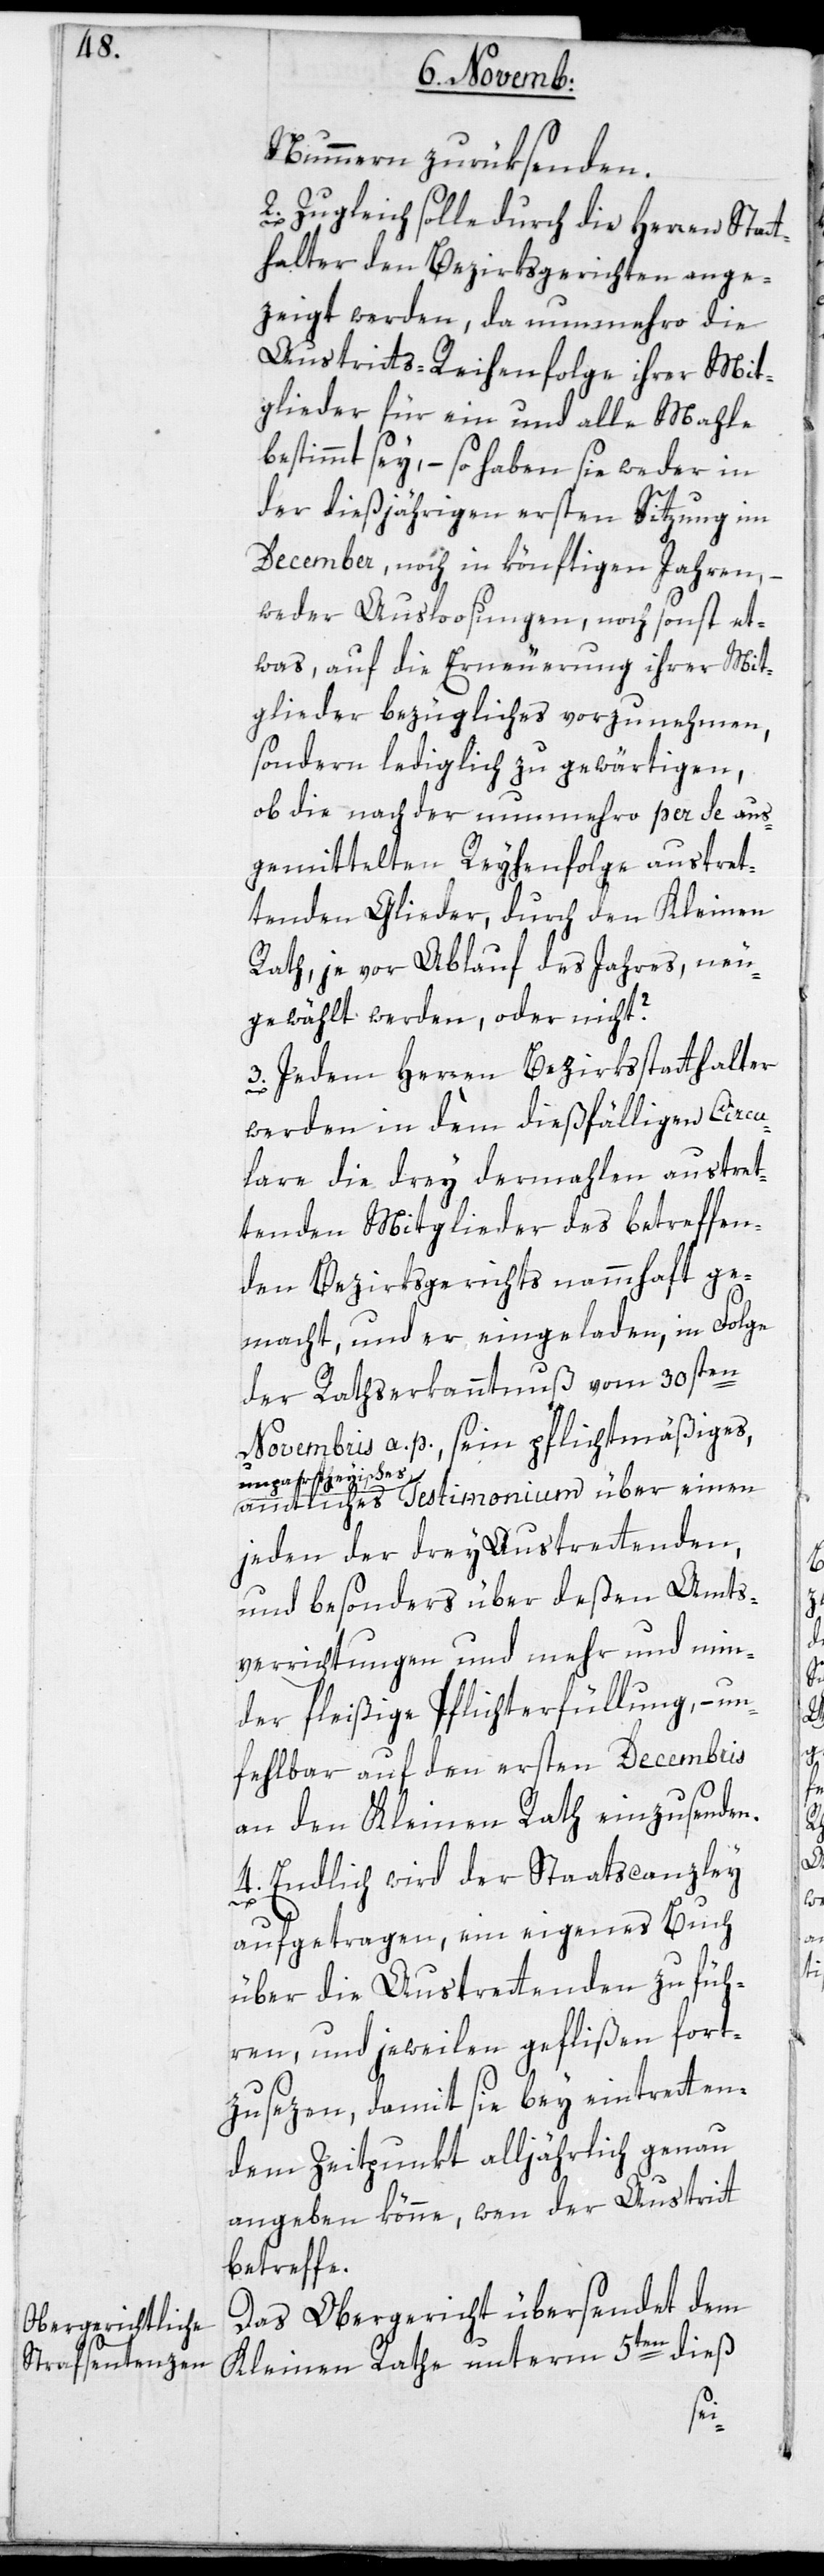
Nummern zurüksenden.
2. Zugleich solle durch die Herren Stat¬
thalter den Bezirksgerichten ange¬
zeigt werden, da nunmehro die
Austritts-Reihenfolge ihrer Mit¬
glieder für ein und alle Mahle
bestimmt sey, – so haben sie weder in
der dießjährigen ersten Sitzung im
December, noch in könftigen Jahren,
weder Ausloosungen, noch sonst et¬
was, auf die Erneuerung ihrer Mit¬
glieder Bezügliches vorzunehmen,
sondern lediglich zu gewärtigen,
ob die nach der nunmehro per se aus¬
gemittelten Reyhenfolge austre¬
tenden Glieder, durch den Kleinen
Rath, je vor Ablauf des Jahres, neu
gewählt werden oder nicht?
3. Jedem Herren Bezirksstatthalter
werden in dem dießfälligen Circu¬
lare die drey dermalen austre¬
tenden Mitglieder des betreffen¬
den Bezirksgerichts namhaft ge¬
macht, und er eingeladen, in Folge
der Rathserkanntnuß vom 30sten
Novembris a. p., sein pflichtmäßiges,
unpartheyisches
amtliches Testimonium über einen
jeden den drey Austretenden,
und besonders über deßen Amts¬
verrichtungen und mehr und min¬
der fleißige Pflichterfüllung, – un¬
fehlbar auf den ersten Decembris
an den Kleinen Rath einzusenden.
4. Endlich wird der Staatscanzley
aufgetragen, ein eigenes Buch
über die Austretenden zu füh¬
ren, und jeweilen geflißen fort¬
zusezen, damit sie bey Eintreten
dem Zeitpunkt alljährlich genau
angeben könne, wen der Austritt
betreffe.
Das Obergericht übersendet dem
Kleinen Rathe unterm 5ten dieß